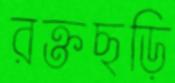
রক্তছড়ি